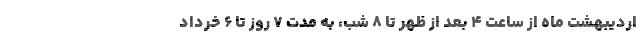
اردیبهشت ماه از ساعت ۴ بعد از ظهر تا ۸ شب، به مدت ۷ روز تا ۶ خرداد